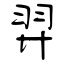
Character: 羿